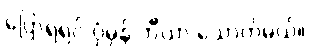
ပြောရရင် ပုံမှန် ဘီယာ သောက်မယ်။